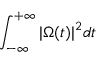
\int _ { - \infty } ^ { + \infty } | \Omega ( t ) | ^ { 2 } d t